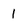
Character: 1